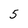
Character: 5